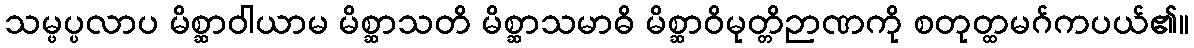
သမ္ဖပ္ပလာပ မိစ္ဆာဝါယာမ မိစ္ဆာသတိ မိစ္ဆာသမာဓိ မိစ္ဆာဝိမုတ္တိဉာဏကို စတုတ္ထမဂ်ကပယ်၏။